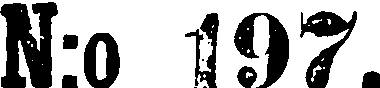
N:o 197.